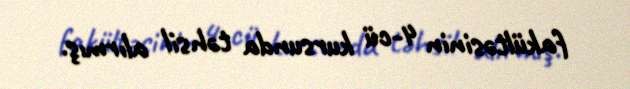
fakültəsinin 4-cü kursunda təhsil alırmış.